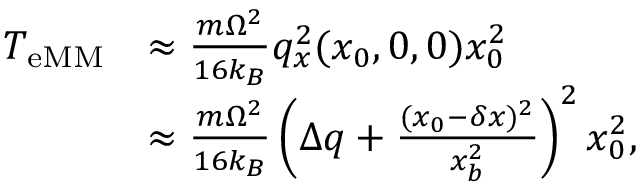
\begin{array} { r l } { T _ { \mathrm { e M M } } } & { \approx \frac { m \Omega ^ { 2 } } { 1 6 k _ { B } } q _ { x } ^ { 2 } ( x _ { 0 } , 0 , 0 ) x _ { 0 } ^ { 2 } } \\ & { \approx \frac { m \Omega ^ { 2 } } { 1 6 k _ { B } } \left( \Delta q + \frac { ( x _ { 0 } - \delta x ) ^ { 2 } } { x _ { b } ^ { 2 } } \right) ^ { 2 } x _ { 0 } ^ { 2 } , } \end{array}